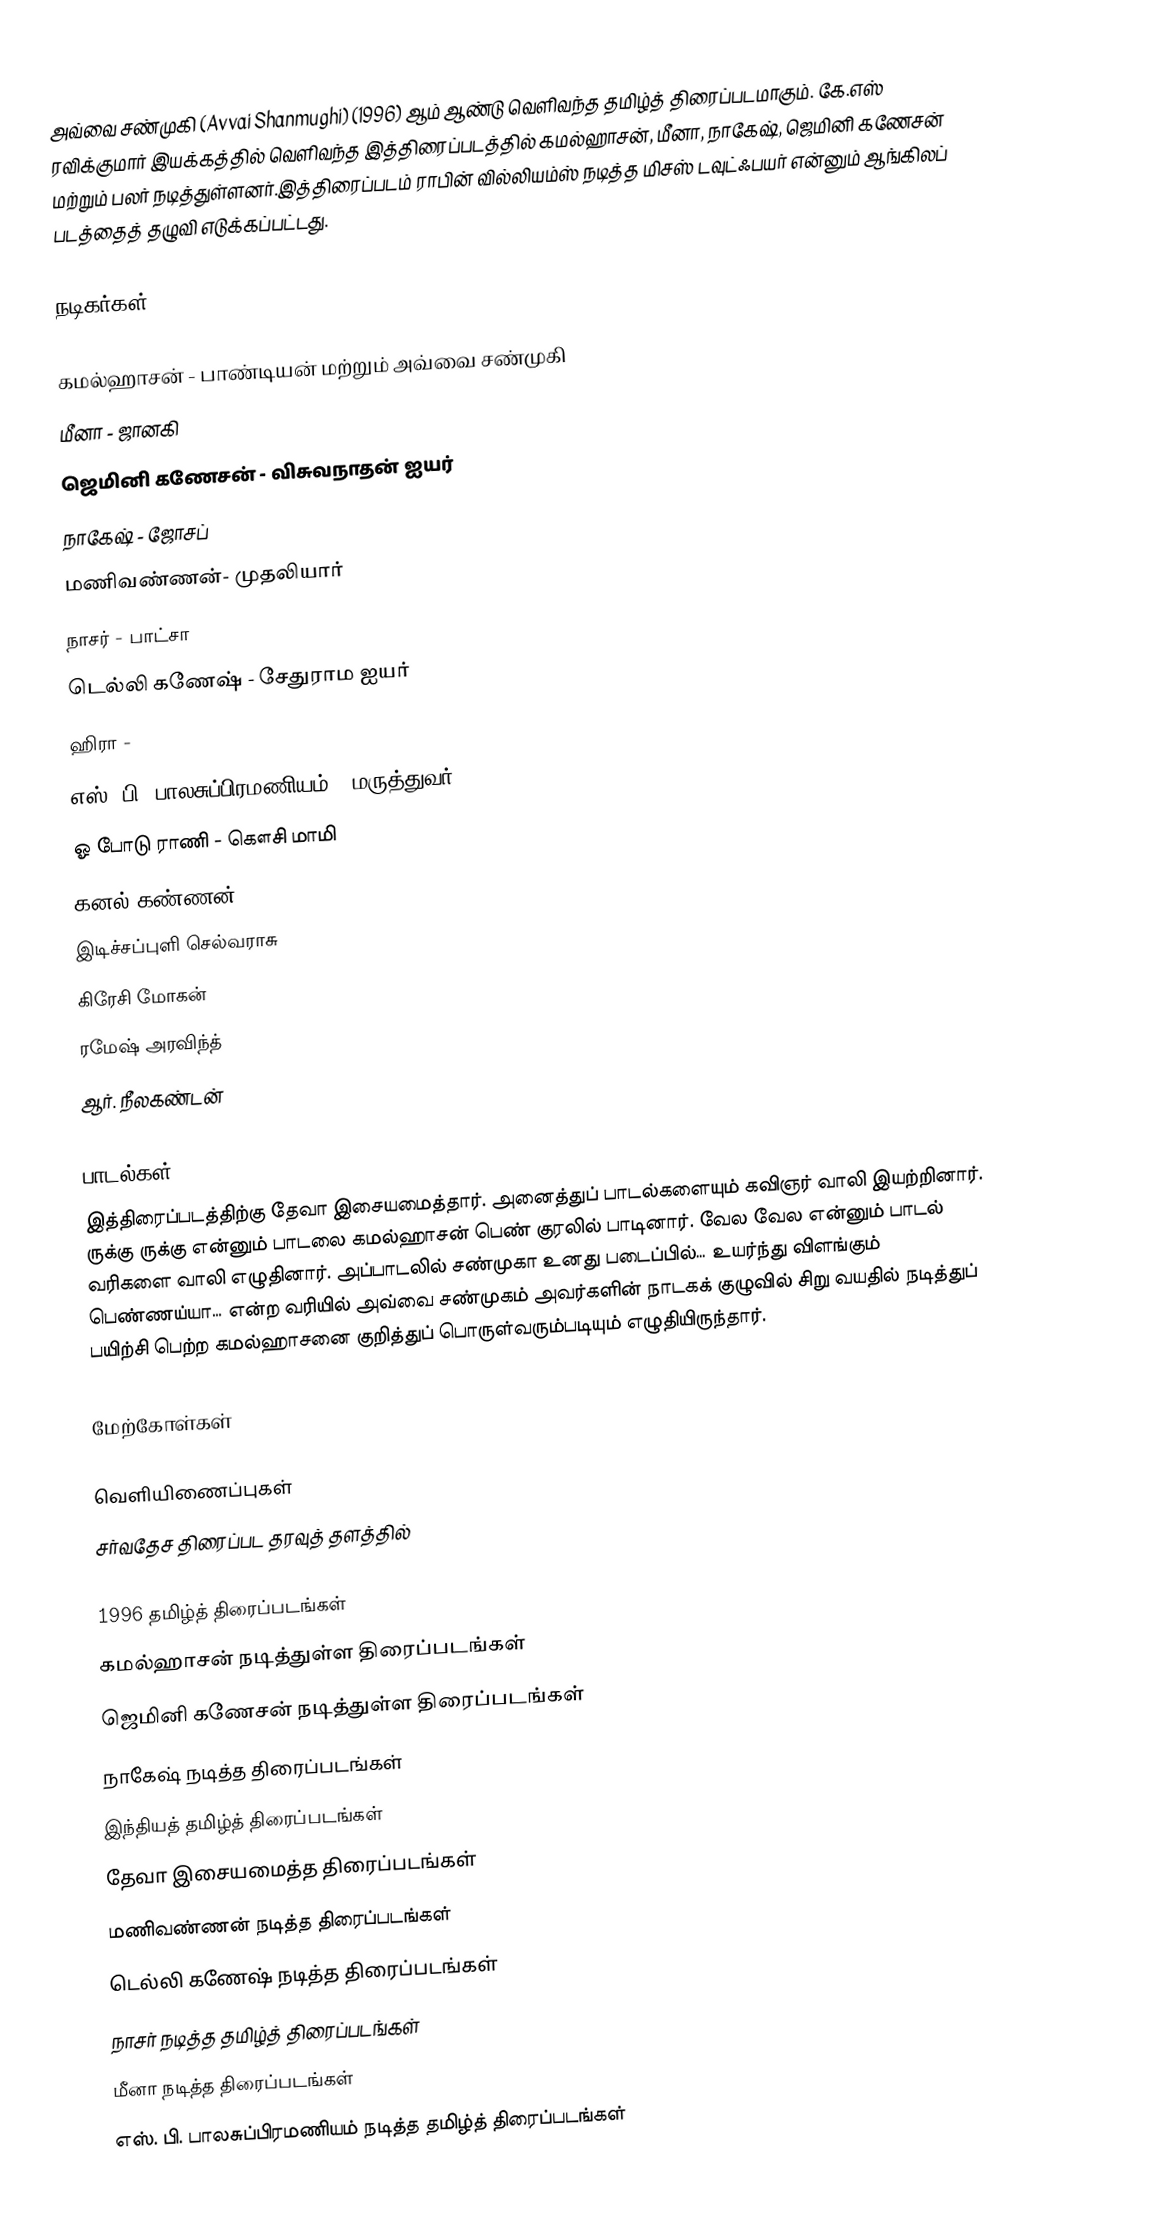
அவ்வை சண்முகி (Avvai Shanmughi) (1996) ஆம் ஆண்டு வெளிவந்த தமிழ்த் திரைப்படமாகும். கே.எஸ் ரவிக்குமார் இயக்கத்தில் வெளிவந்த இத்திரைப்படத்தில் கமல்ஹாசன், மீனா, நாகேஷ், ஜெமினி கணேசன் மற்றும் பலர் நடித்துள்ளனர்.இத்திரைப்படம் ராபின் வில்லியம்ஸ் நடித்த  மிசஸ் டவுட்ஃபயர் என்னும் ஆங்கிலப் படத்தைத் தழுவி எடுக்கப்பட்டது.

நடிகர்கள்

 கமல்ஹாசன் - பாண்டியன் மற்றும் அவ்வை சண்முகி
 மீனா - ஜானகி
 ஜெமினி கணேசன் - விசுவநாதன் ஐயர்
 நாகேஷ் - ஜோசப்
 மணிவண்ணன்- முதலியார்
 நாசர் - பாட்சா
 டெல்லி கணேஷ் - சேதுராம ஐயர்
 ஹிரா -
 எஸ். பி. பாலசுப்பிரமணியம் - மருத்துவர்
 ஓ போடு ராணி - கௌசி மாமி
 கனல் கண்ணன்
 இடிச்சப்புளி செல்வராசு
 கிரேசி மோகன்
 ரமேஷ் அரவிந்த்
 ஆர். நீலகண்டன்

பாடல்கள்
இத்திரைப்படத்திற்கு தேவா இசையமைத்தார். அனைத்துப் பாடல்களையும் கவிஞர் வாலி இயற்றினார். ருக்கு ருக்கு என்னும் பாடலை கமல்ஹாசன் பெண் குரலில் பாடினார். வேல வேல என்னும் பாடல் வரிகளை வாலி எழுதினார். அப்பாடலில் சண்முகா உனது படைப்பில்… உயர்ந்து விளங்கும் பெண்ணய்யா… என்ற வரியில் அவ்வை சண்முகம் அவர்களின் நாடகக் குழுவில் சிறு வயதில் நடித்துப் பயிற்சி பெற்ற கமல்ஹாசனை குறித்துப் பொருள்வரும்படியும் எழுதியிருந்தார்.

மேற்கோள்கள்

வெளியிணைப்புகள்
சர்வதேச திரைப்பட தரவுத் தளத்தில்

1996 தமிழ்த் திரைப்படங்கள்
கமல்ஹாசன் நடித்துள்ள திரைப்படங்கள்
ஜெமினி கணேசன் நடித்துள்ள திரைப்படங்கள்
நாகேஷ் நடித்த திரைப்படங்கள்
இந்தியத் தமிழ்த் திரைப்படங்கள்
தேவா இசையமைத்த திரைப்படங்கள்
மணிவண்ணன் நடித்த திரைப்படங்கள்
டெல்லி கணேஷ் நடித்த திரைப்படங்கள்
நாசர் நடித்த தமிழ்த் திரைப்படங்கள்
மீனா நடித்த திரைப்படங்கள்
எஸ். பி. பாலசுப்பிரமணியம் நடித்த தமிழ்த் திரைப்படங்கள்